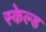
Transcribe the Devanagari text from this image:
स्केल्ड